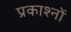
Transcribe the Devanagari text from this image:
प्रकाश्नों